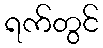
ရက်တွင်